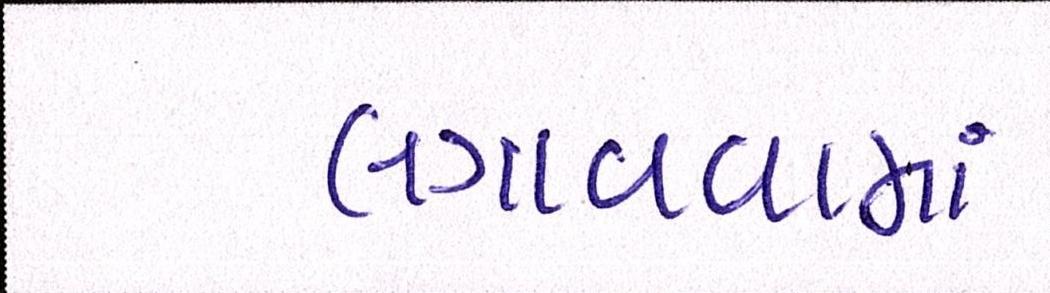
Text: લગાવવામાં